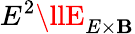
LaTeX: E^{2}\llE_{E\times\mathbf{B}}